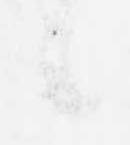
候